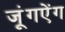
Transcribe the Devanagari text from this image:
जूंगऐंग